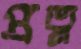
প্রত্ন